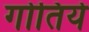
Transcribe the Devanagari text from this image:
गोतिये